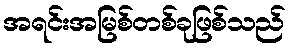
အရင်းအမြစ်တစ်ခုဖြစ်သည်